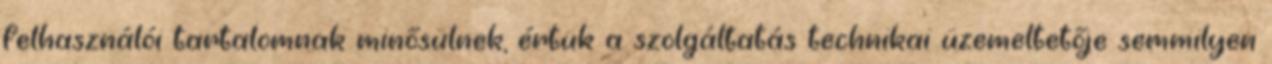
felhasználói tartalomnak minősülnek, értük a szolgáltatás technikai üzemeltetője semmilyen